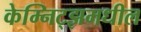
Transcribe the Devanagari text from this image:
केम्निट्झमधील